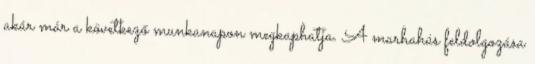
akár már a következő munkanapon megkaphatja. A marhahús feldolgozása